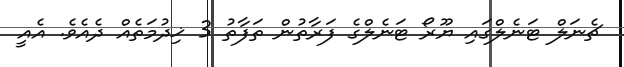
ޗެނަލް ޓަނެލްގައި ޔޫރޯ ޓަނެލްގެ ފަރާތުން ތަފާތު 3 ޚިދުމަތެއް ދެއެވެ. އެއީ